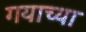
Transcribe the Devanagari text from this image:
गयाच्या